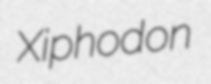
Xiphodon